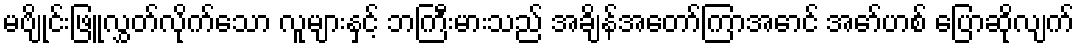
မဗျိုင်းဖြူလွှတ်လိုက်သော လူများနှင့် ဘကြီးမားသည် အချိန်အတော်ကြာအောင် အော်ဟစ် ပြောဆိုလျက်